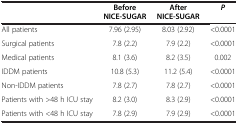
<table><thead><tr><td><b> </b></td><td><b>Before NICE-SUGAR</b></td><td><b>After NICE-SUGAR</b></td><td><b><i>P</i></b></td></tr></thead><tbody><tr><td>All patients</td><td>7.96 (2.95)</td><td>8.03 (2.92)</td><td>&lt;0.0001</td></tr><tr><td>Surgical patients</td><td>7.8 (2.2)</td><td>7.9 (2.2)</td><td>&lt;0.0001</td></tr><tr><td>Medical patients</td><td>8.1 (3.6)</td><td>8.2 (3.5)</td><td>0.002</td></tr><tr><td>IDDM patients</td><td>10.8 (5.3)</td><td>11.2 (5.4)</td><td>&lt;0.0001</td></tr><tr><td>Non-IDDM patients</td><td>7.8 (2.7)</td><td>7.8 (2.7)</td><td>&lt;0.0001</td></tr><tr><td>Patients with &gt;48 h ICU stay</td><td>8.2 (3.0)</td><td>8.3 (2.9)</td><td>&lt;0.0001</td></tr><tr><td>Patients with &lt;48 h ICU stay</td><td>7.8 (2.9)</td><td>7.9 (2.9)</td><td>&lt;0.0001</td></tr></tbody></table>